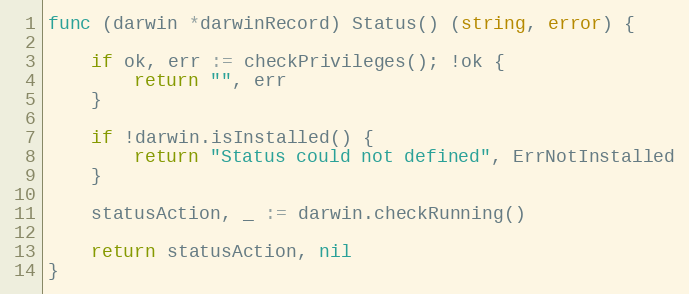
Language: Go
func (darwin *darwinRecord) Status() (string, error) {

	if ok, err := checkPrivileges(); !ok {
		return "", err
	}

	if !darwin.isInstalled() {
		return "Status could not defined", ErrNotInstalled
	}

	statusAction, _ := darwin.checkRunning()

	return statusAction, nil
}